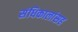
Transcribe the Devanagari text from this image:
संधिकालांसह